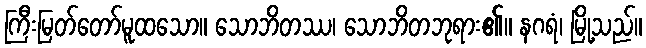
ကြီးမြတ်တော်မူထသော။ သောဘိတဿ၊ သောဘိတဘုရား၏။ နဂရံ၊ မြို့သည်။